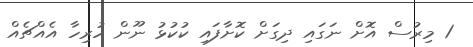
1 މިރުސް އޮށް ނަގައި ދިގަށް ކޮށާފައި ކުކުޅު ނޫން ހުރިހާ އެއްޗެއް